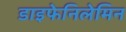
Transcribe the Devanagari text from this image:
डाइफेनिलेमिन